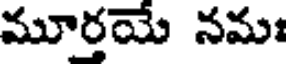
మూర్తయే నమః